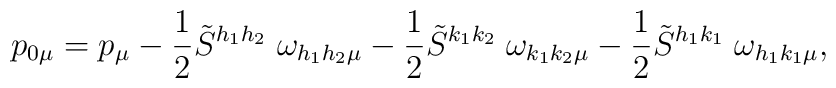
p_{0\mu} = p_{\mu} - \frac{1}{2} \tilde{S}^{h_1 h_2}\;\omega_{h_1 h_2 \mu}- \frac{1}{2} \tilde{S}^{k_1 k_2}\;\omega_{k_1 k_2 \mu} - \frac{1}{2} \tilde{S}^{h_1 k_1}\;\omega_{h_1 k_1 \mu},